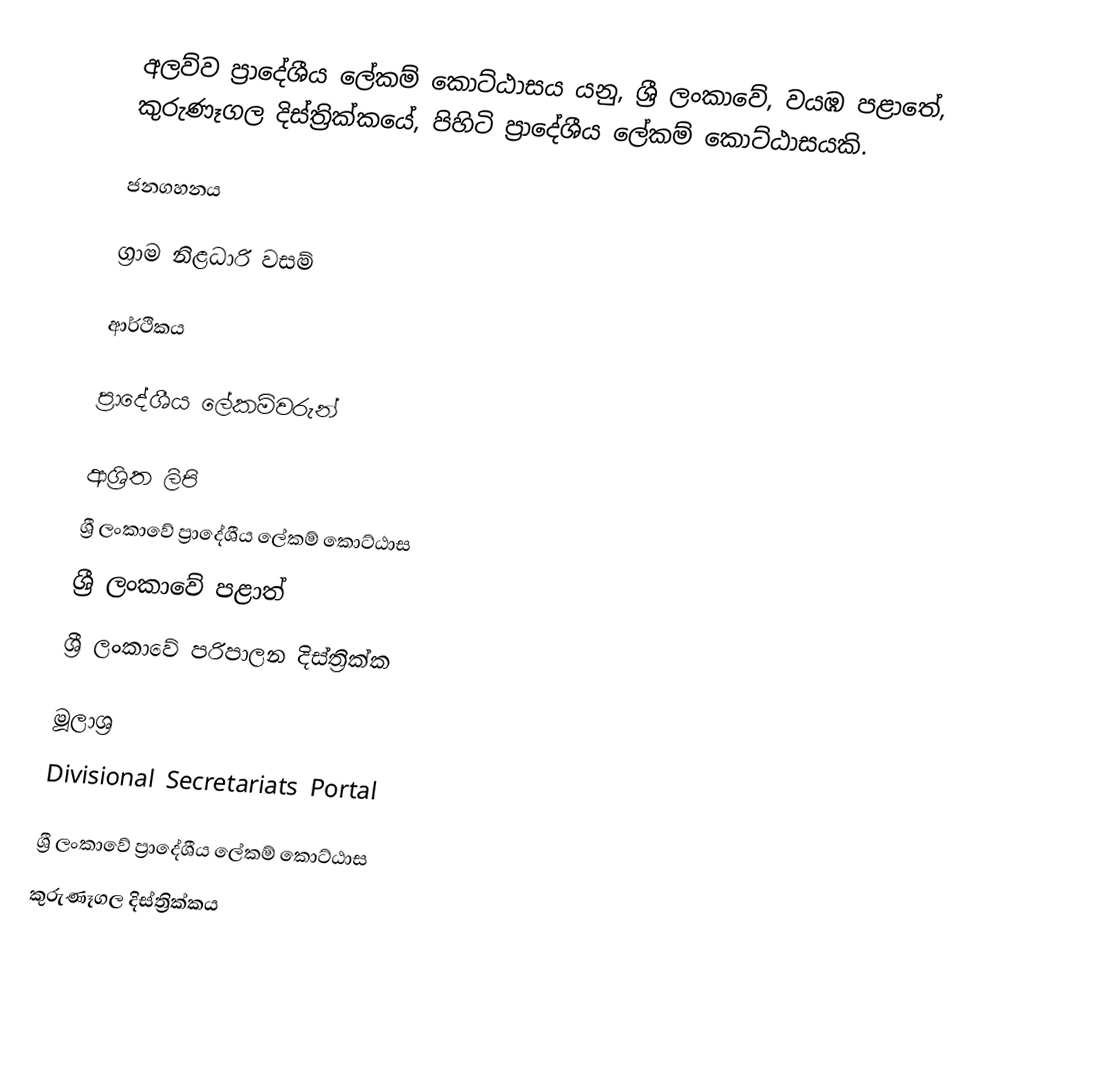
අලව්ව ප්‍රාදේශීය ලේකම් කොට්ඨාසය යනු,  ශ්‍රී ලංකාවේ, වයඹ පළාතේ,   කුරුණෑගල දිස්ත්‍රික්කයේ, පිහිටි ප්‍රාදේශීය ලේකම් කොට්ඨාසයකි.

ජනගහනය

ග්‍රාම නිළධාරි වසම්

ආර්ථිකය

ප්‍රාදේශීය ලේකම්වරුන්

ආශ්‍රිත ලිපි
ශ්‍රී ලංකාවේ ප්‍රාදේශීය ලේකම් කොට්ඨාස
ශ්‍රී ලංකාවේ පළාත්
ශ්‍රී ලංකාවේ පරිපාලන දිස්ත්‍රික්ක

මූලාශ්‍ර
 Divisional Secretariats Portal

ශ්‍රී ලංකාවේ ප්‍රාදේශීය ලේකම් කොට්ඨාස
කුරුණෑගල දිස්ත්‍රික්කය